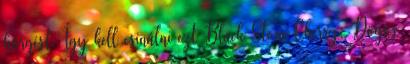
hörgést. Így kell csinálni ezt Black Stone Cherry: Dögös